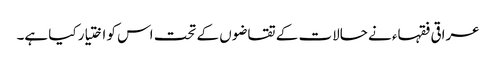
عراقی فقہاء نے حالات کے تقاضوں کے تحت اس کو اختیار کیا ہے۔